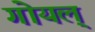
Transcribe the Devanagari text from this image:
गोयल्